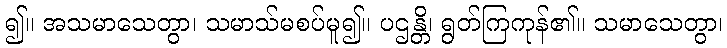
၍။ အသမာသေတွာ၊ သမာသ်မစပ်မူ၍။ ပဌန္တိ၊ ရွတ်ကြကုန်၏။ သမာသေတွာ၊